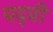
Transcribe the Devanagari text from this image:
पद्‍वी